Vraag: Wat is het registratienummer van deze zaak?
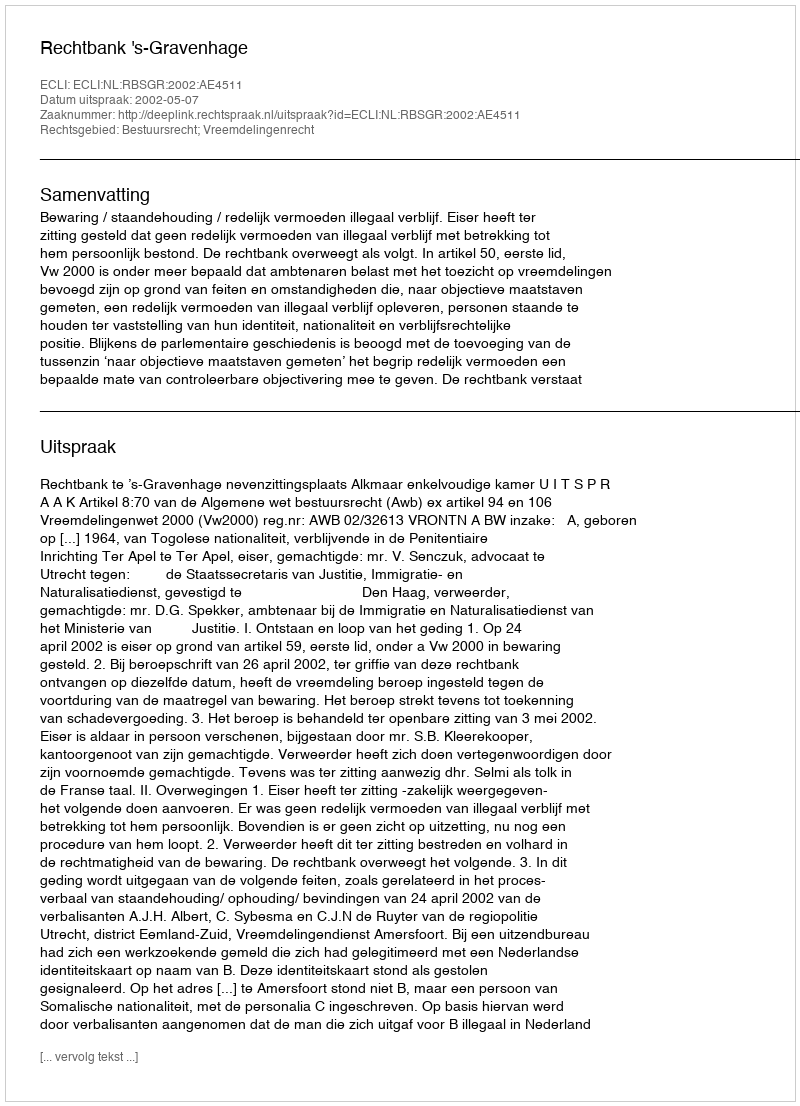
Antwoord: http://deeplink.rechtspraak.nl/uitspraak?id=ECLI:NL:RBSGR:2002:AE4511